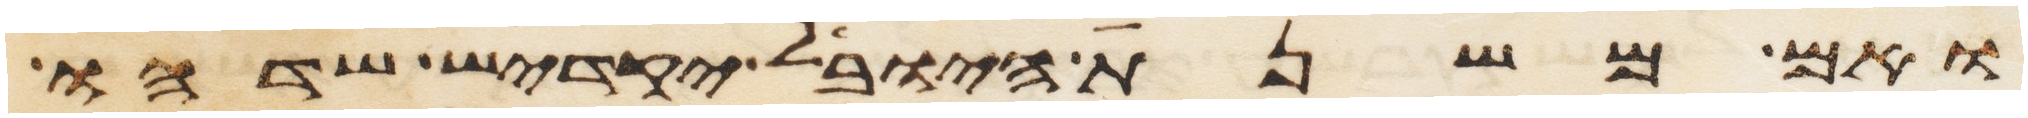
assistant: ואם משנת היובל יקדיש שדהו